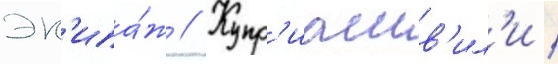
эк'ипа́ж // Купр'иашв'ил'и /